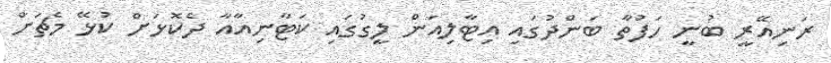
ރަނިއޭރީ ބުނީ ހަފުތާ ބަންދުގައި އިޓާލިއަން ލީގުގައި ކަޓާނިއާއާ ދެކޮޅަށް ކުޅޭ މެޗަށް